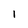
Character: I